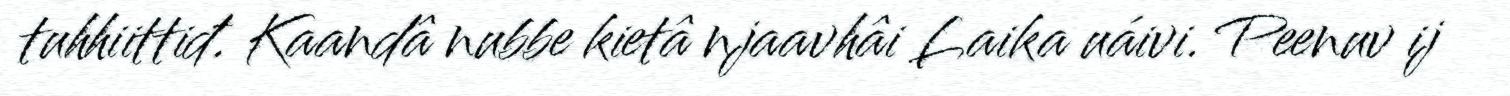
tuhhiittiđ. Kaandâ nubbe kietâ njaavhâi Laika uáivi. Peenuv ij